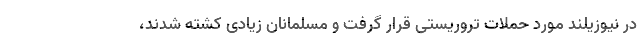
در نیوزیلند مورد حملات تروریستی قرار گرفت و مسلمانان زیادی کشته شدند،